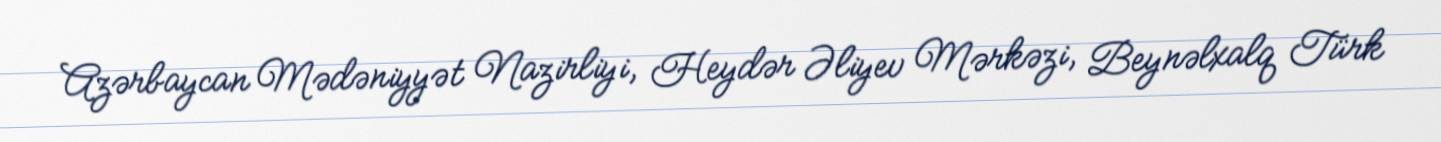
Azərbaycan Mədəniyyət Nazirliyi, Heydər Əliyev Mərkəzi, Beynəlxalq Türk